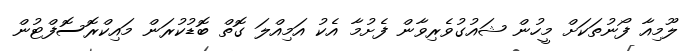
ލޫމިއާ ފޯނުތަކަށް މީހުން ޝައުގުވެރިވާން ފެށުމާ އެކު އަމިއްލަ ގޮތް ބޮޑުކުރަން މައިކްރޮސޮފްޓުން